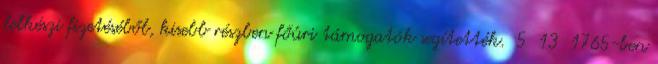
lelkészi fizetéséből, kisebb részben főúri támogatók segítették. 5 13 1765-ben